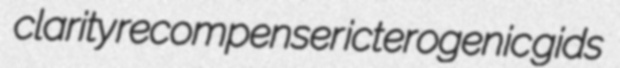
clarity recompenser icterogenic gids